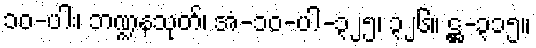
၁၀-ပါး၊ ဘဏ္ဍနသုတ်၊ အံ-၁၀-ပါ-၃၂၅၊ ၃၂၆။ ဋ္ဌ-၃၁၅။